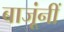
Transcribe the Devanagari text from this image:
बाजूंनीं